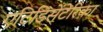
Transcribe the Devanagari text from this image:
एटिडिसेंटेरिका